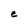
Character: e